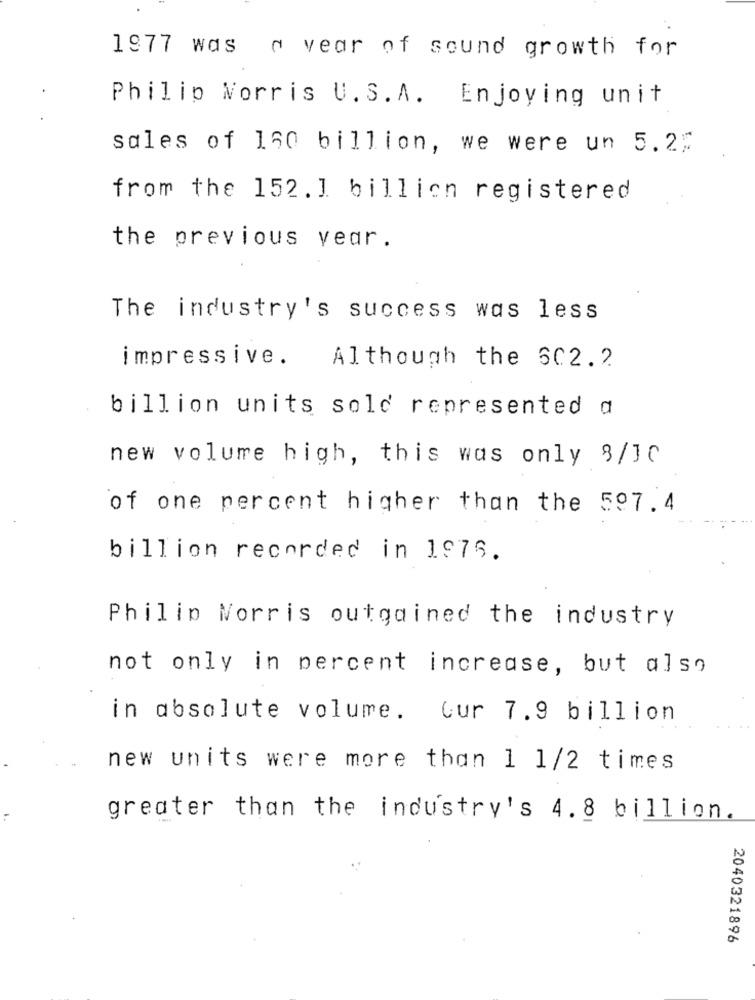
1977 was a year of sound growth for
Philip Morris U.S.A. Enjoying unit
sales of 160 billion, we were un 5.2;
from the 152.1 billion registered
the previous vear.
The industry's success was less
impressive.
Although the 602.2
billion units sold represented a
new volume high, this was only 8/10
of one percent higher than the 597.4
billion recorded in 1976.
Philip Morris outgained the industry
not only in percent increase, but also
in absolute volume. Cur 7.9 billion
new units were more than 1 1/2 times
greater than the industry's 4.8 billion.
2040321896